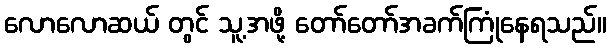
လောလောဆယ် တွင် သူ့အဖို့ တော်တော်အခက်ကြုံနေရသည်။